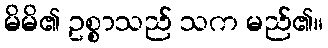
မိမိ၏ ဥစ္စာသည် သက မည်၏။